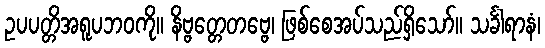
ဥပပတ္တိအရူပဘဝကို။ နိဗ္ဗတ္တေတဗ္ဗေ၊ ဖြစ်စေအပ်သည်ရှိသော်။ သင်္ခါရာနံ၊